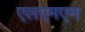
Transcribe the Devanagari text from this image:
एलएमएन